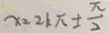
x = 2 k \pi \pm \frac { \pi } { 2 }